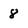
Character: 8